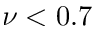
\nu < 0 . 7